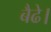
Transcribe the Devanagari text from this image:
बैढे।